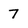
Character: 7